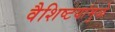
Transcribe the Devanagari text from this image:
वैशिष्टयांमुळे